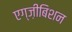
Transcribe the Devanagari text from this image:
एग्ज़ीबिशन